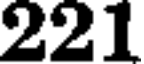
221